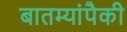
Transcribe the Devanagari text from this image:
बातम्यांपैकी